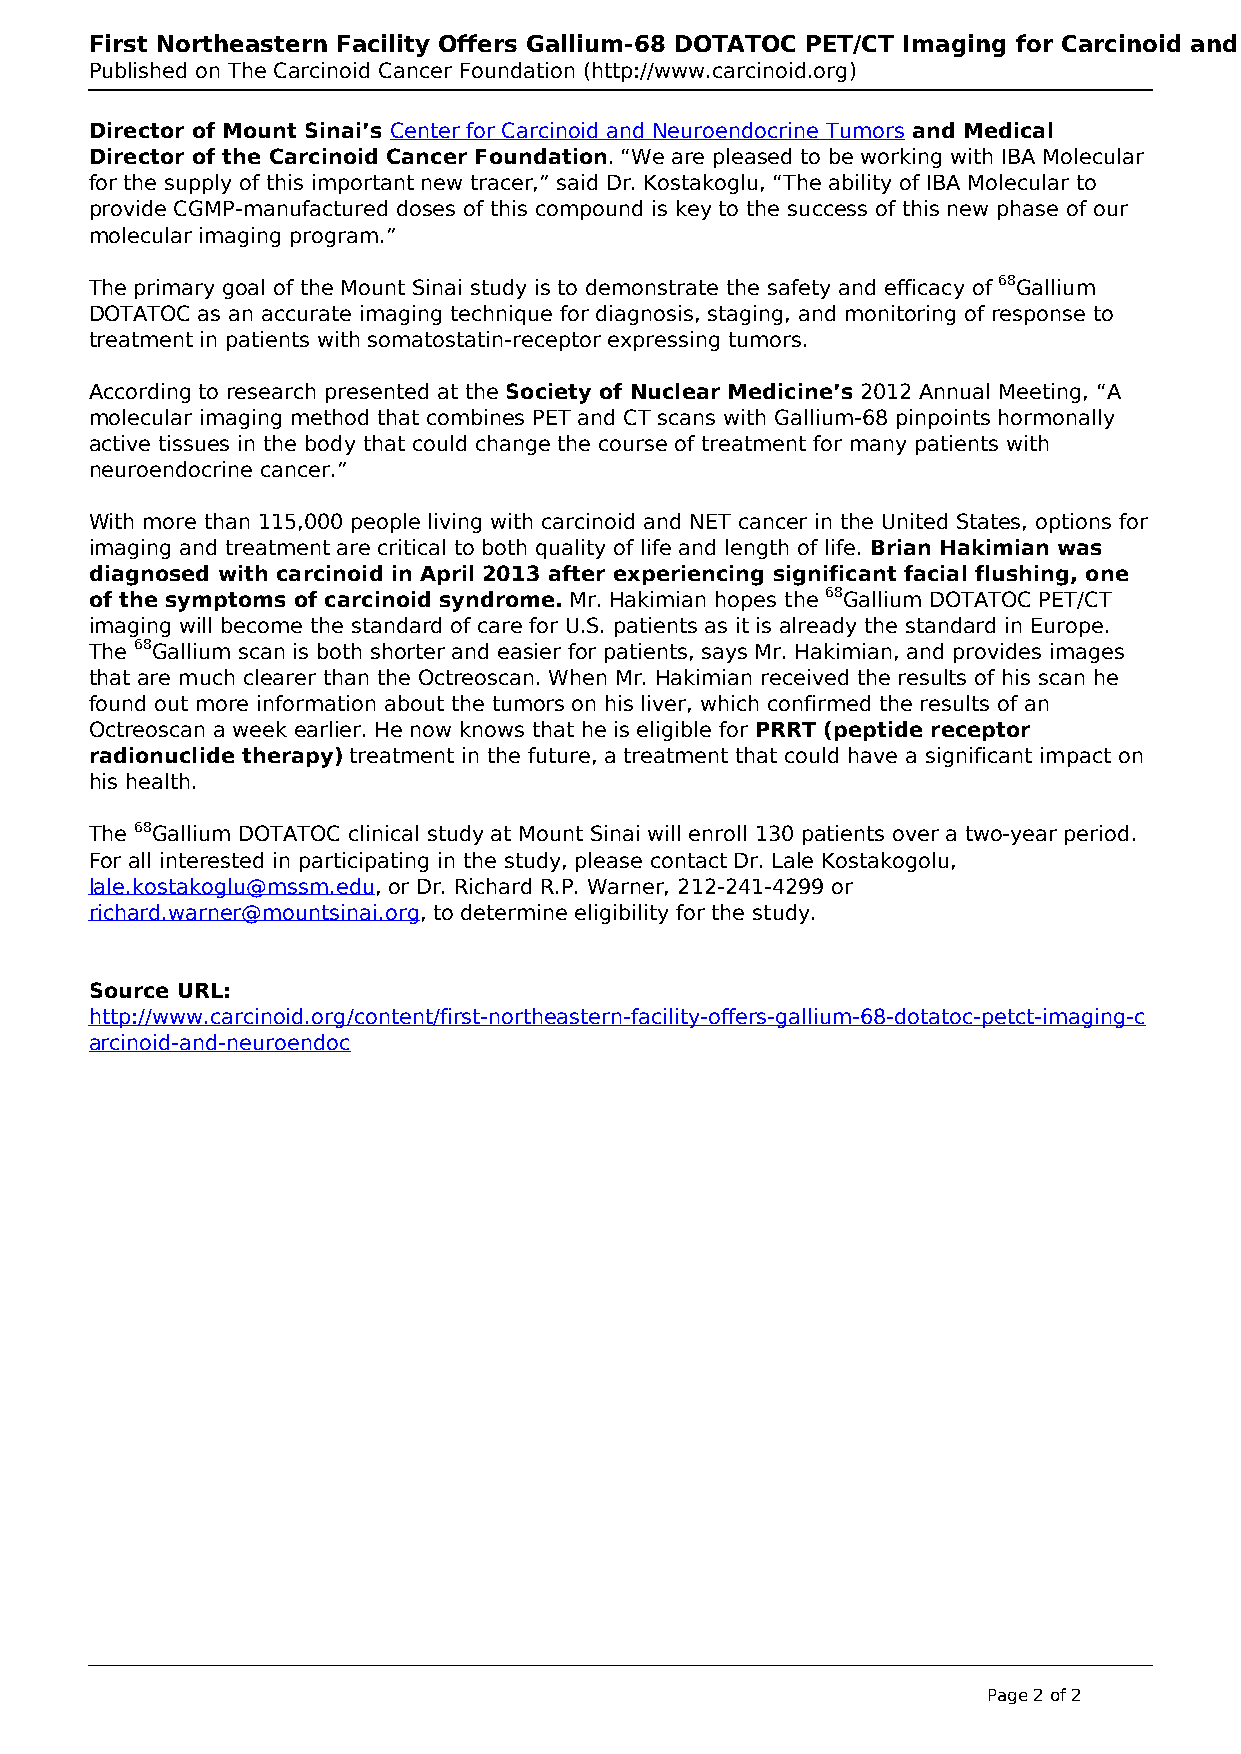
First Northeastern Facility Offers Gallium-68 DOTATOC PET/CT Imaging for Carcinoid and Neuroendocrine Cancer Patients
 Published on The Carcinoid Cancer Foundation (http://www.carcinoid.org)
 Director of Mount Sinai’s Center for Carcinoid and Neuroendocrine Tumors and Medical
 Director of the Carcinoid Cancer Foundation. “We are pleased to be working with IBA Molecular
 for the supply of this important new tracer,” said Dr. Kostakoglu, “The ability of IBA Molecular to
 provide CGMP-manufactured doses of this compound is key to the success of this new phase of our
 molecular imaging program.”
 The primary goal of the Mount Sinai study is to demonstrate the safety and efficacy of 68Gallium
 DOTATOC as an accurate imaging technique for diagnosis, staging, and monitoring of response to
 treatment in patients with somatostatin-receptor expressing tumors.
 According to research presented at the Society of Nuclear Medicine’s 2012 Annual Meeting, “A
 molecular imaging method that combines PET and CT scans with Gallium-68 pinpoints hormonally
 active tissues in the body that could change the course of treatment for many patients with
 neuroendocrine cancer.”
 With more than 115,000 people living with carcinoid and NET cancer in the United States, options for
 imaging and treatment are critical to both quality of life and length of life. Brian Hakimian was
 diagnosed with carcinoid in April 2013 after experiencing significant facial flushing, one
 of the symptoms of carcinoid syndrome. Mr. Hakimian hopes the 68Gallium DOTATOC PET/CT
 imaging will become the standard of care for U.S. patients as it is already the standard in Europe.
 The 68Gallium scan is both shorter and easier for patients, says Mr. Hakimian, and provides images
 that are much clearer than the Octreoscan. When Mr. Hakimian received the results of his scan he
 found out more information about the tumors on his liver, which confirmed the results of an
 Octreoscan a week earlier. He now knows that he is eligible for PRRT (peptide receptor
 radionuclide therapy) treatment in the future, a treatment that could have a significant impact on
 his health.
 The 68Gallium DOTATOC clinical study at Mount Sinai will enroll 130 patients over a two-year period.
 For all interested in participating in the study, please contact Dr. Lale Kostakogolu,
 lale.kostakoglu@mssm.edu, or Dr. Richard R.P. Warner, 212-241-4299 or
 richard.warner@mountsinai.org, to determine eligibility for the study.
 Source URL:
 http://www.carcinoid.org/content/first-northeastern-facility-offers-gallium-68-dotatoc-petct-imaging-c
 arcinoid-and-neuroendoc
 Page 2 of 2
 Powered by TCPDF (www.tcpdf.org)